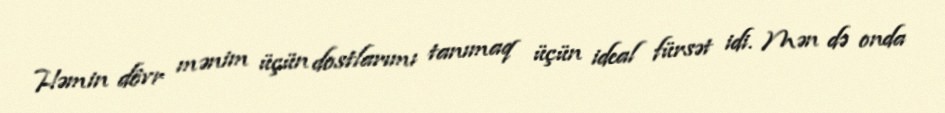
Həmin dövr mənim üçün dostlarımı tanımaq üçün ideal fürsət idi. Mən də onda